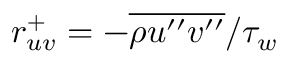
r _ { u v } ^ { + } = - { \overline { { \rho u ^ { \prime \prime } v ^ { \prime \prime } } } } / \tau _ { w }